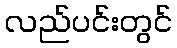
လည်ပင်းတွင်